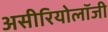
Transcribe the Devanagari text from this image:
असीरियोलॉजी